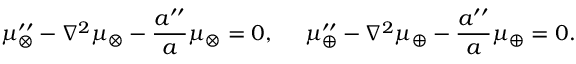
\mu _ { \otimes } ^ { \prime \prime } - \nabla ^ { 2 } \mu _ { \otimes } - \frac { a ^ { \prime \prime } } { a } \mu _ { \otimes } = 0 , ~ ~ ~ ~ \mu _ { \oplus } ^ { \prime \prime } - \nabla ^ { 2 } \mu _ { \oplus } - \frac { a ^ { \prime \prime } } { a } \mu _ { \oplus } = 0 .